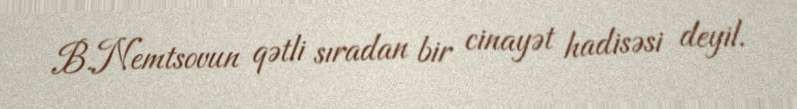
B.Nemtsovun qətli sıradan bir cinayət hadisəsi deyil.